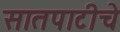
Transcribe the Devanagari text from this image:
सातपाटीचे